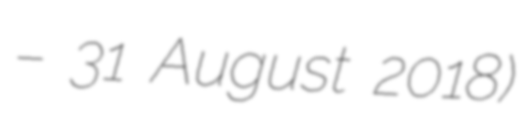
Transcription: – 31 August 2018)